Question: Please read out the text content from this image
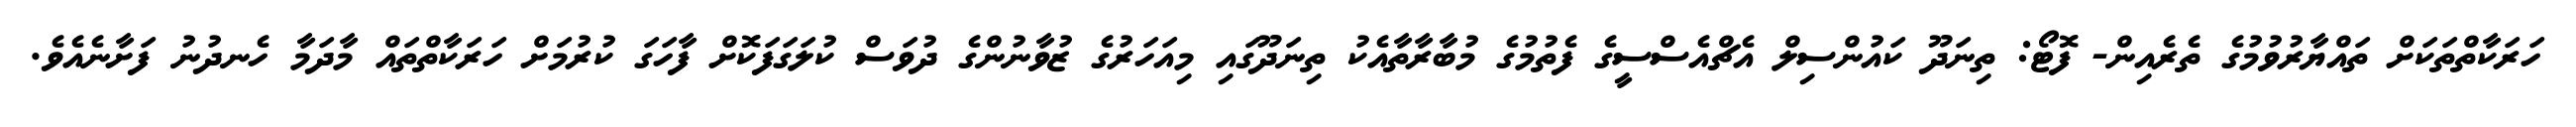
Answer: ހަރަކާތްތަކަށް ތައްޔާރުވުމުގެ ތެރެއިން- ފޮޓޯ: ތިނަދޫ ކައުންސިލް އެޗްއެސްސީގެ ފެތުމުގެ މުބާރާތާއެކު ތިނަދޫގައި މިއަހަރުގެ ޒުވާނުންގެ ދުވަސް ކުލަގަފަކޮށް ފާހަގަ ކުރުމަށް ހަރަކާތްތައް މާދަމާ ހެނދުނު ފަށާނެއެވެ.